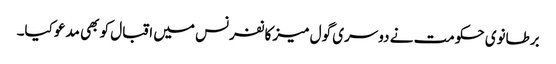
برطانوی حکومت نے دوسری گول میز کانفرنس میں اقبال کو بھی مدعو کیا۔